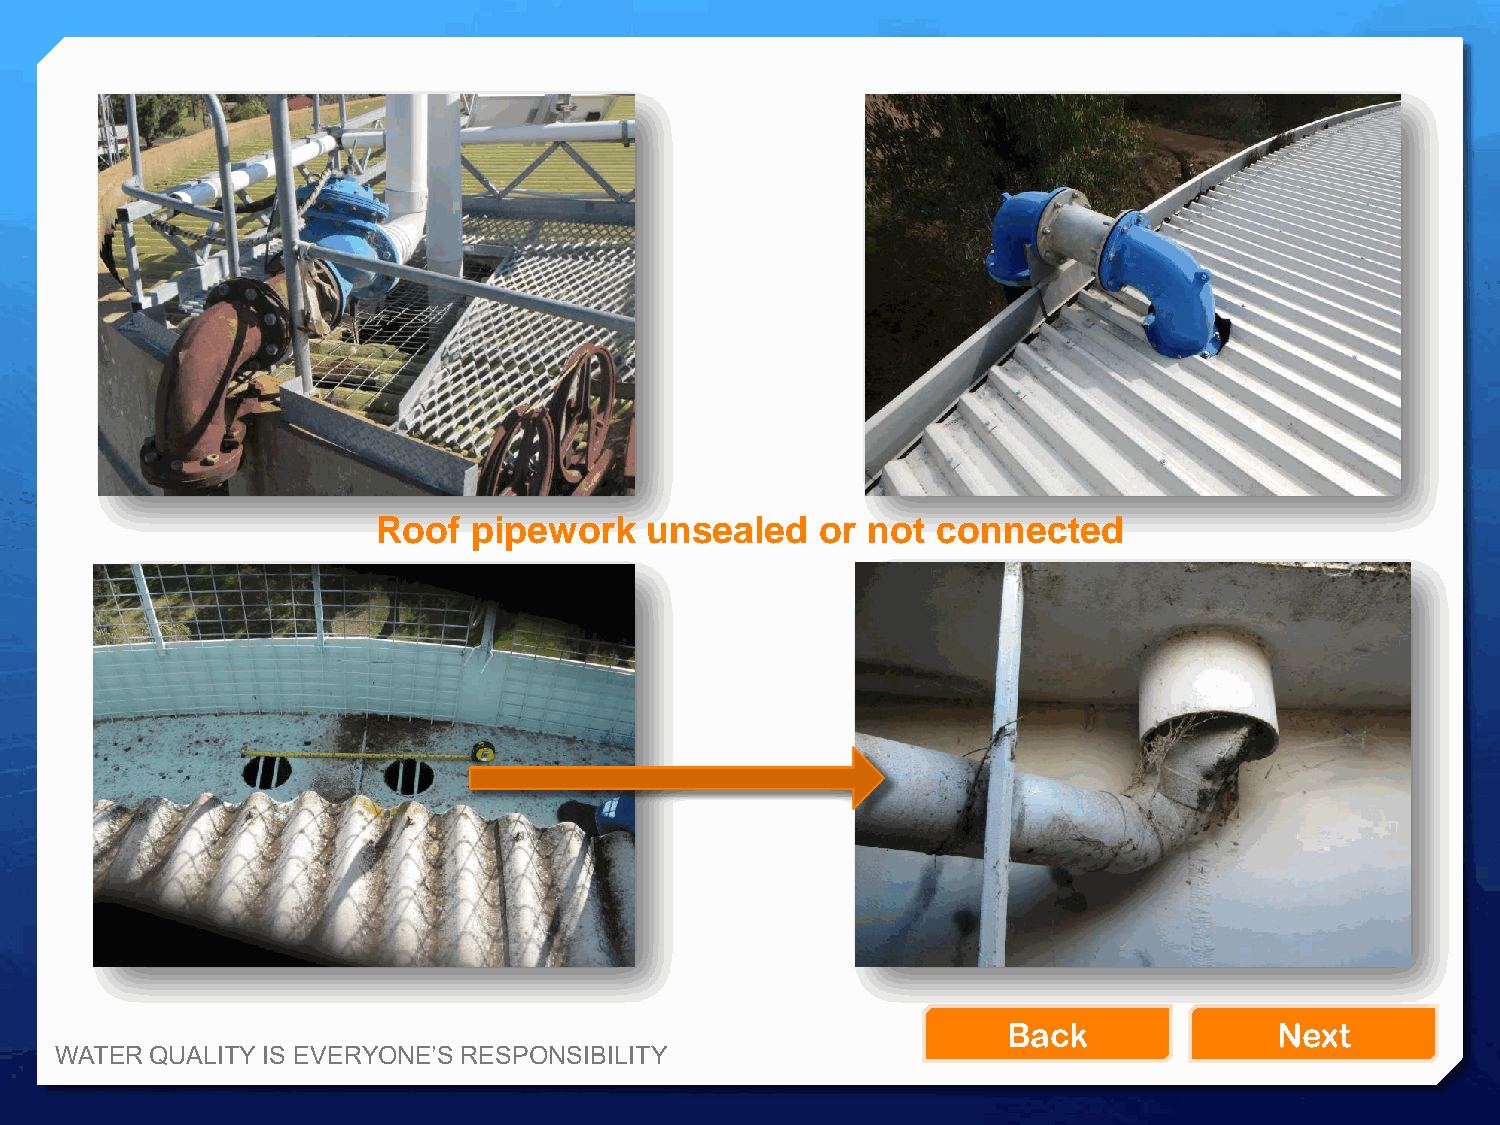
Roof  pipework    unsealed   or not  connected
 Back              Next
 WATER QUALITY IS EVERYONE’S RESPONSIBILITY